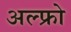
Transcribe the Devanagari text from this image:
अल्फ्रो